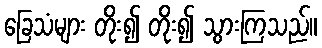
ခြေသံများ တိုး၍ တိုး၍ သွားကြသည်။